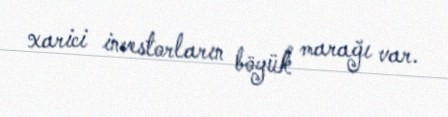
xarici investorların böyük marağı var.